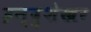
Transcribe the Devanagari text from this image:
इन्दुशेखर